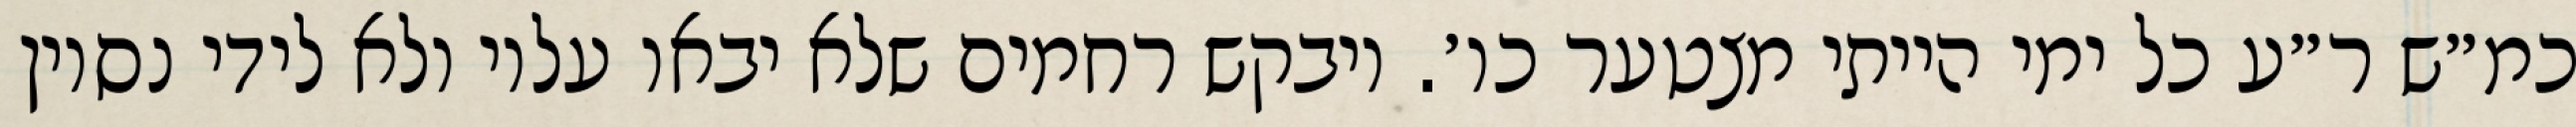
כמ״ש ר״ע כל ימי הייתי מצטער כו׳. ויבקש רחמים שלא יבאו עליו ולא לידי נסיון